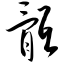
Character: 骶